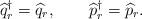
LaTeX: \begin{align*}\widehat q_r^\dagger = \widehat q_r, \qquad \widehat p_r^\dagger =\widehat p_r.\end{align*}